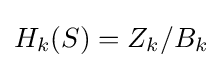
H_{k}(S)=Z_{k}/B_{k}